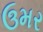
ઉમર